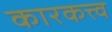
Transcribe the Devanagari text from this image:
कारकत्त्व